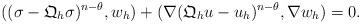
LaTeX: \begin{align*}((\sigma-\mathfrak{Q}_h\sigma)^{n-\theta},w_h)+(\nabla (\mathfrak{Q}_hu-u_h)^{n-\theta},\nabla w_h)=0.\end{align*}